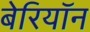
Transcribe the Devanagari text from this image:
बेरियॉन